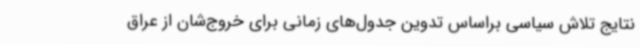
نتایج تلاش سیاسی براساس تدوین جدول‌های زمانی برای خروج‌شان از عراق